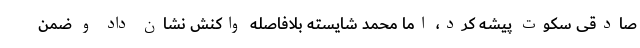
صادقی سکوت پیشه کرد، اما محمد شایسته بلافاصله واکنش نشان داد و ضمن